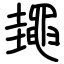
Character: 䵷